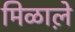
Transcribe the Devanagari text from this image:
मिळाले़